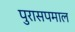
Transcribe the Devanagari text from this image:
पुरासपमाल